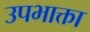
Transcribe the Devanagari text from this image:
उपभाक्ता